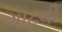
ગાઢવી